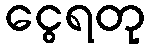
ငွေရတု